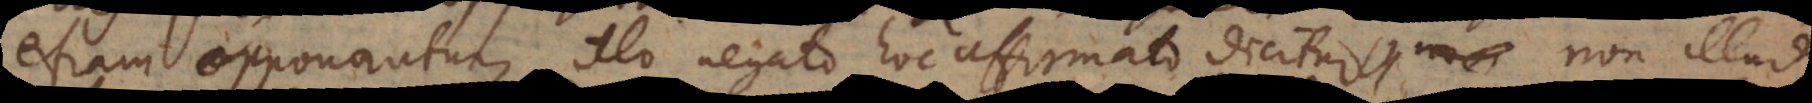
etiam opponantur, illo negato hoc affirmato dicitur, non illud